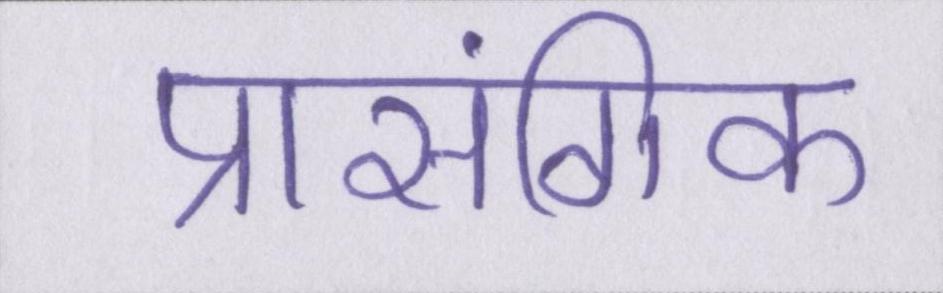
प्रासंगिक